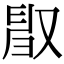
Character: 𠭜